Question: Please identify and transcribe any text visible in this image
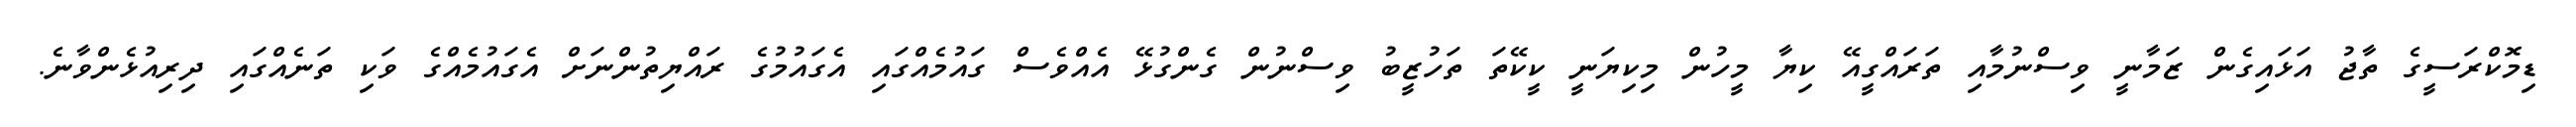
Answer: ޑިމޮކްރަސީގެ ތާޖު އަޅައިގެން ޒަމާނީ ވިސްނުމާއި ތަރައްގީއޭ ކިޔާ މީހުން މިކިޔަނީ ކީކޭތަ ތަހުޒީބު ވިސްނުން ގެންގުޅޭ އެއްވެސް ގައުމެއްގައި އެގައުމުގެ ރައްޔިތުންނަށް އެގައުމެއްގެ ވަކި ތަނެއްގައި ދިރިއުޅެންވާނެ.